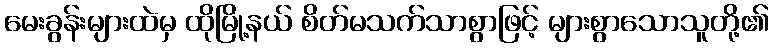
မေးခွန်းများထဲမှ ထိုမြို့နယ် စိတ်မသက်သာစွာဖြင့် များစွာသောသူတို့၏